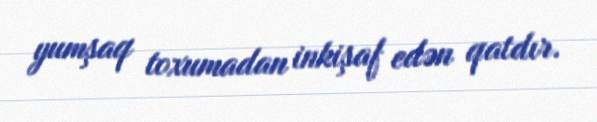
yumşaq toxumadan inkişaf edən qatdır.